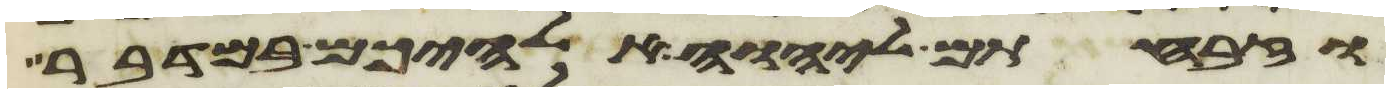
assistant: וזבחתם ליהוה אלהיכם במדבר